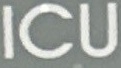
ICU